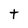
Character: t